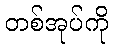
တစ်အုပ်ကို